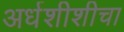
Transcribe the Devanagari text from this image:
अर्धशीशीचा